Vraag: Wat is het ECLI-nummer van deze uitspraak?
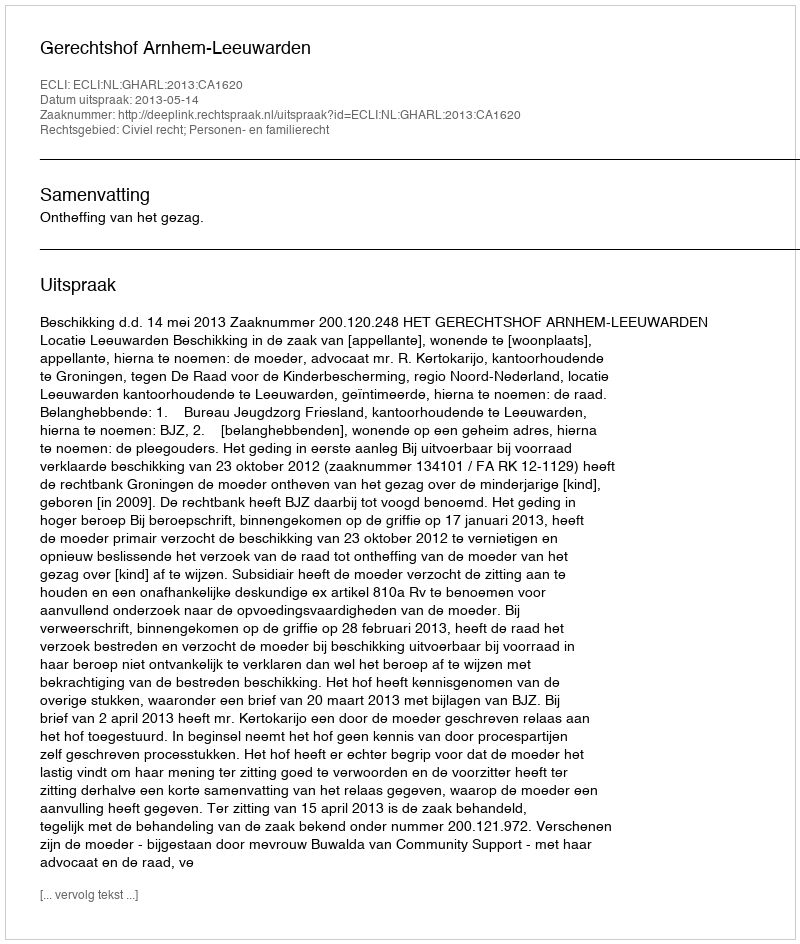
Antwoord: ECLI:NL:GHARL:2013:CA1620